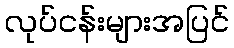
လုပ်ငန်းများအပြင်